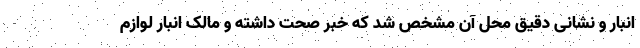
انبار و نشانی دقیق محل آن مشخص شد که خبر صحت داشته و مالک انبار لوازم